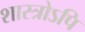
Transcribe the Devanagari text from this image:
शास्त्रोऽपि